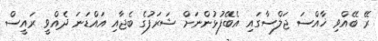
ރޭ ބޭއްވި ޚާއްސަ ޖަލްސާގައި އެބޭފުޅުންނަށް ޝަރަފުގެ ބެޖާއި އައްޑަނަ ދެއްވީ ރައީސް